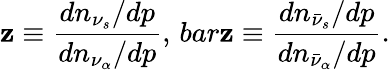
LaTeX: \mathbf{z}\equiv{\frac{{dn_{\nu_{s}}/dp}}{{dn_{\nu_{\alpha}}/dp}}},\, bar\mathbf{z}\equiv{\frac{{dn_{\bar{{\nu}}_{s}}/dp}}{{dn_{\bar{{\nu}}_{\alpha}}/dp}}}.